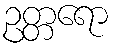
ဥတ္တရော